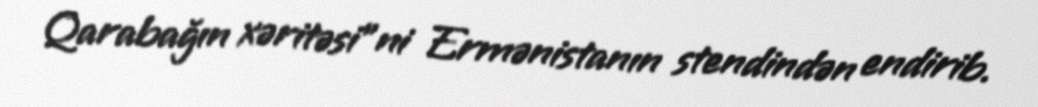
Qarabağın xəritəsi”ni Ermənistanın stendindən endirib.